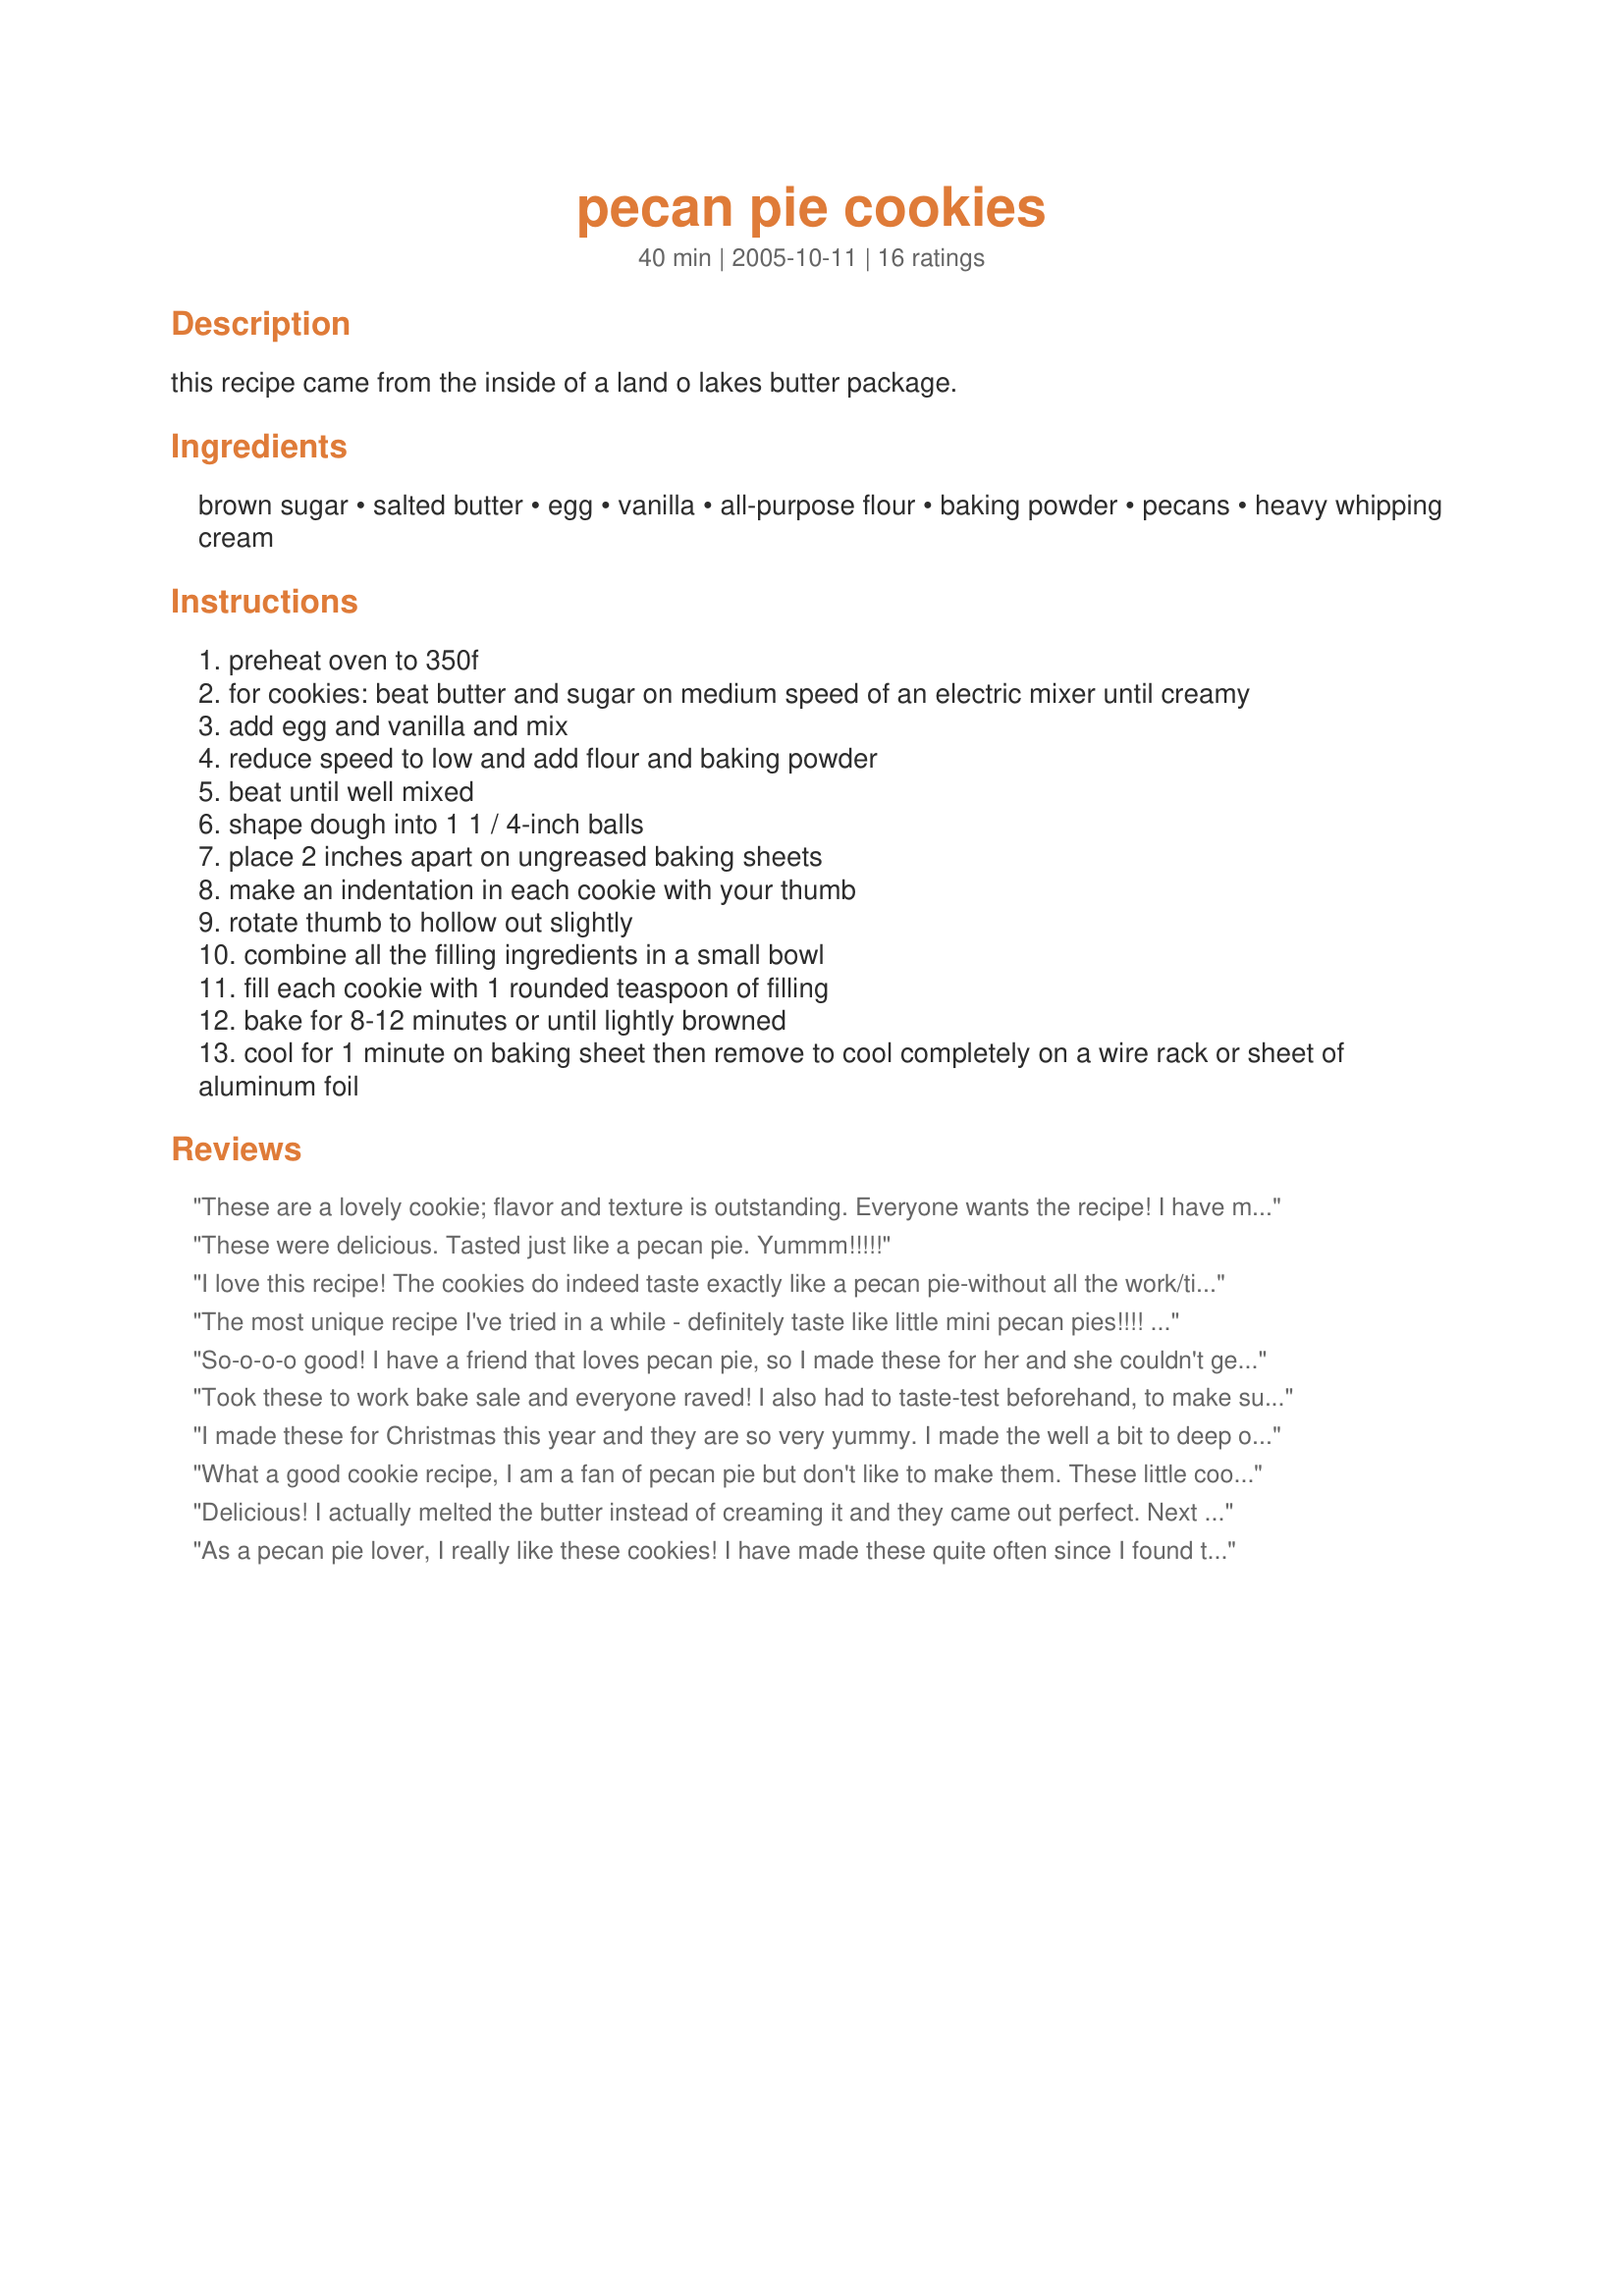
pecan pie cookies
Preparation time: 40 minutes

this recipe came from the inside of a land o lakes butter package.

Ingredients:
brown sugar, salted butter, egg, vanilla, all-purpose flour, baking powder, pecans, heavy whipping cream

Steps:
preheat oven to 350f
for cookies: beat butter and sugar on medium speed of an electric mixer until creamy
add egg and vanilla and mix
reduce speed to low and add flour and baking powder
beat until well mixed
shape dough into 1 1 / 4-inch balls
place 2 inches apart on ungreased baking sheets
make an indentation in each cookie with your thumb
rotate thumb to hollow out slightly
combine all the filling ingredients in a small bowl
fill each cookie with 1 rounded teaspoon of filling
bake for 8-12 minutes or until lightly browned
cool for 1 minute on baking sheet then remove to cool completely on a wire rack or sheet of aluminum foil

Reviews:
These are a lovely cookie; flavor and texture is outstanding. Everyone wants the recipe! I have made these as cookies and also pressed the dough into my mini-muffin pan and filled them to make pecan tassies. The only change was to use half &amp; half rather than cream, and I cannot imagine they could have been any better. Thanks for this great recipe!!
These were delicious. Tasted just like a pecan pie. Yummm!!!!!
I love this recipe! The cookies do indeed taste exactly like a pecan pie-without all the work/time. I ran out of the filling and made 4 "plain" cookies and even they were amazing on their own! I also used 1/2 & 1/2 cream as I didn't have whipping cream in the house & they still turned out amazing. I guess I was making the well to deep because when I'd go to remove them from the sheet the center wanted to stay behind. I let them sit for about 5 minutes to let the sugar set. They came off fine that way & if a few didn't come off perfect, you can "re-position" them with your fingers on the drying rack and as they cool down they turn out perfect. SOOOO YUMMY! Thanks for posting.
The most unique recipe I've tried in a while - definitely taste like little mini pecan pies!!!! I just used skim milk in place of the whipping cream & still found the filling nice & rich. I will definitely be making these for every special occasion!
So-o-o-o good! I have a friend that loves pecan pie, so I made these for her and she couldn't get enough! I used my 1 tbsp cookie scoop and got 28 huge cookies. The best part about these is the cookie part is just as yummy as the filling! Thanks for sharing!
Took these to work bake sale and everyone raved! I also had to taste-test beforehand, to make sure they were acceptable, and I LOVE these!!!!!!! I used like twice the amount of filling, and they ended up gooing everywhere, but they were still incredibly tasty. I'd like to try putting the dough in muffin cups, then shaping, then filling, to see if I can keep these puppies contained. Or I might try little tart pans.
I made these for Christmas this year and they are so very yummy. I made the well a bit to deep on the first ones that went into the oven so they spread out too much and the centers fell apart. (I love a good excuse to eat cookies warm from the oven) The rest of them were prettier and held together. I can't wait to make these again soon. Thanks flower7
What a good cookie recipe, I am a fan of pecan pie but don't like to make them. These little cookies hit the spot. I did run out of filling at the very end of the dough, but I think I might have added a bit more to the cookie well. Very yummy, and will be a surprise for when my family gets home later tonight. Thanks for sharing.
Delicious! I actually melted the butter instead of creaming it and they came out perfect. Next time I'm going to add some mini chocolate chips to the dough.
As a pecan pie lover, I really like these cookies! I have made these quite often since I found this recipe on zaar. They are just like a miniature pecan pie, but not quite as sweet. I make them just like the recipe, but found if I hollow out the center with the bottom of a wooden spoon, I get better results. Also, after they have cooled, I lightly drizzle a glaze made from powdered sugar and a little water over top. They look so pretty on a plate, and I have had many requests for this recipe. Thanks for sharing!
YUM! I made these cookies last night to take to work today. They are delish! Can&#039;t wait to see what the co-workers think. I substituted whole milk for the heavy cream because I didn&#039;t have any on hand. I will try the heavy cream next time to see if it&#039;s worth the added expense. The cookie batter is a very nice base cookie on its own and I&#039;m sure I will use that in the future for other cookies as well. All around a wonderful cookie that was easy and quick to make. Thanks for sharing.
I have been making this recipe for a few years now. I thought I would add a suggestion. Use the back side of your melon baller to indent the cookies. Makes them all look uniform.
I will try the drizzled icing next time!
I love a good cookie and these fit the bill! I made them to share with my family, at a gathering, and everyone loved them! I had a bit of filling left, but may not have made my indentations large enough. I also used 1/2 & 1/2, as that is what I had on hand, and it worked out well. They really do resemble a pecan pie in flavor! We sure enjoyed them; thanks for sharing, flower7!
Mini pecan pies! We loved them!
Very good! The instructions were simple to follow and this was such an easy recipe to put together. My only tip is to make sure you really hollow out a good well for the filling so that it doesn't spill out during baking. Mine took the full 12 minutes to bake. These have a good and unique flavor. Thanks flower!
I make this very same recipe, and it is delicious! I made them at Thanksgiving last year and then for a cookie swap party. Everyone raved over them!
